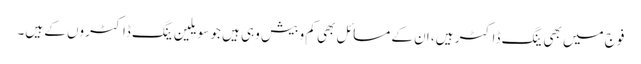
فوج میں بھی ینگ ڈاکٹر ہیں، ان کے مسائل بھی کم و بیش وہی ہیں جو سویلین ینگ ڈاکٹروں کے ہیں۔